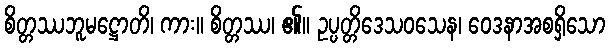
စိတ္တဿဘူမဋ္ဌောတိ၊ ကား။ စိတ္တဿ၊ ၏။ ဥပ္ပတ္တိဒေသဝသေန၊ ဝေဒနာအစရှိသော